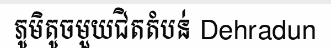
ភូមិតូចមួយជិតតំបន់ Dehradun